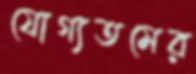
যোগ্যতমের